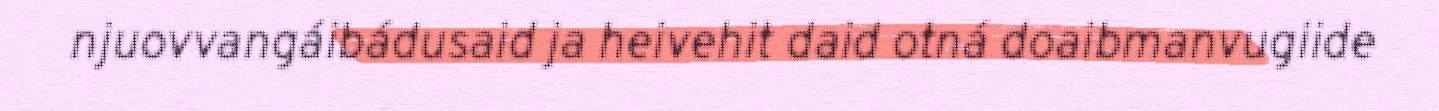
njuovvangáibádusaid ja heivehit daid otná doaibmanvugiide